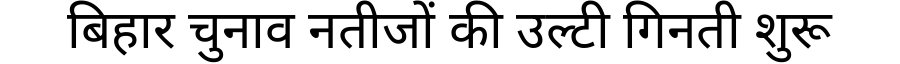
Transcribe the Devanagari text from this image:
बिहार चुनाव नतीजों की उल्टी गिनती शुरू